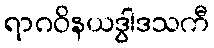
ရာဂဝိနယဒွါဒသကီ